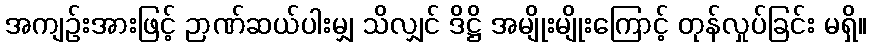
အကျဉ်းအားဖြင့် ဉာဏ်ဆယ်ပါးမျှ သိလျှင် ဒိဋ္ဌိ အမျိုးမျိုးကြောင့် တုန်လှုပ်ခြင်း မရှိ။